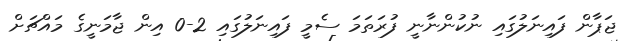
ޖަޕާން ފައިނަލުގައި ނުކުންނާނީ ފުރަތަމަ ސެމީ ފައިނަލުގައި 2-0 އިން ޖާމަނީގެ މައްޗަށް